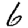
Digit: 6